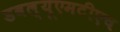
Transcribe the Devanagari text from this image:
डबल्यूएमटीएच